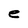
Character: e